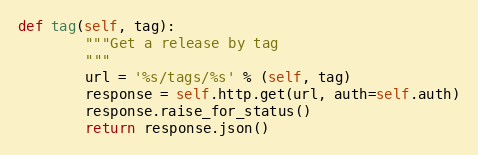
Language: Python
def tag(self, tag):
        """Get a release by tag
        """
        url = '%s/tags/%s' % (self, tag)
        response = self.http.get(url, auth=self.auth)
        response.raise_for_status()
        return response.json()